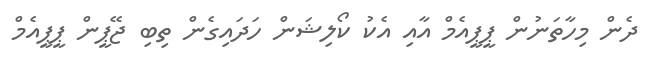
ދެން މިހާތަނުން ޕީޕީއެމް އާއި އެކު ކޯލިޝަން ހަދައިގެން ތިބި ޖޭޕީން ޕީޕީއެމް